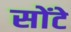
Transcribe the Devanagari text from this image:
सोंटे